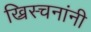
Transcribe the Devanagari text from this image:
ख्रिस्चनांनी